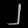
Digit: ၂